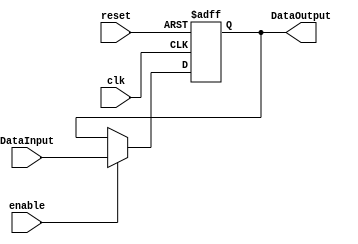
module RegisterSP
#(
  parameter N=32
)
(
  input clk,
  input reset,
  input enable,
  input  [N-1:0] DataInput,
  
  output reg [N-1:0] DataOutput
);

  always@(negedge reset or posedge clk)
  begin
    if(reset==0)
      DataOutput <= 32'h1001_1000;
    else  
      if(enable==1)
        DataOutput<=DataInput;
  end

endmodule